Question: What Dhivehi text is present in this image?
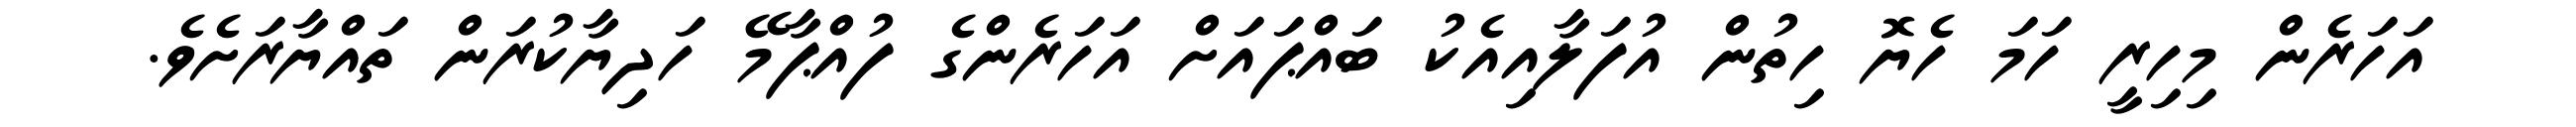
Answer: އަހަރެން މިހިރީ ހަމަ ހެޔޮ ހިތުން އުފަލާއިއެކު ބައްޕައަށް އަހަރެންގެ ފުއްޕާމޭ ހަދިޔާކުރަން ތައްޔާރަށެވެ.